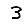
Digit: 3